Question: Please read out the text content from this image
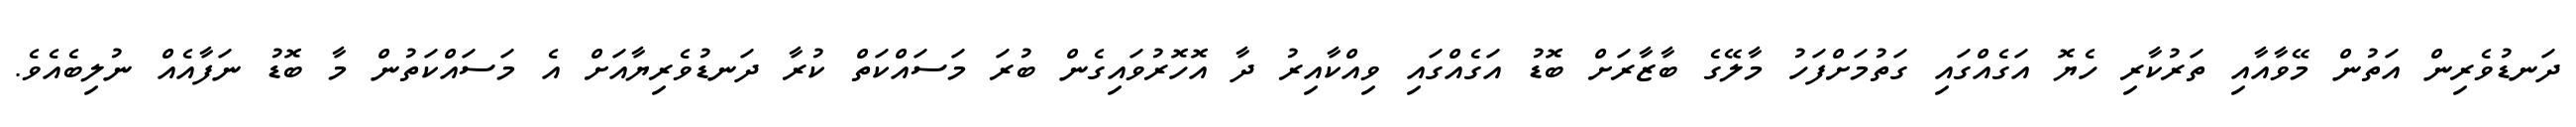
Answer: ދަނޑުވެރިން އަތުން މޭވާއާއި ތަރުކާރި ހެޔޮ އަގެއްގައި ގަތުމަށްފަހު މާލޭގެ ބާޒާރަށް ބޮޑު އަގެއްގައި ވިއްކާއިރު ދާ އޮހޮރުވައިގެން ބުރަ މަސައްކަތް ކުރާ ދަނޑުވެރިޔާއަށް އެ މަސައްކަތުން މާ ބޮޑު ނަފާއެއް ނުލިބެއެވެ.